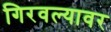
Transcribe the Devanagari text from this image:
गिरवल्यावर